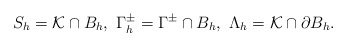
\begin{align*} S_{h}=\mathcal{K}\cap B_{h},\ \Gamma_{h}^{\pm}=\Gamma^{\pm}\cap B_{h},\ \Lambda_{h}=\mathcal{K}\cap \partial B_{h}. \end{align*}